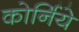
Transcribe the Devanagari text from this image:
कोर्निये